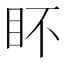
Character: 𭾟